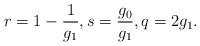
LaTeX: \begin{align*} r=1- \frac{1}{g_1}, s=\frac{g_0}{g_1}, q= 2g_1. \end{align*}